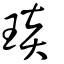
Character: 𤥎